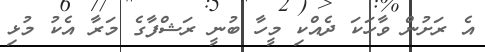
އެ ރަށުން ވާހަކަ ދެއްކި މީހާ ބުނީ ރަޝްފާގެ މަރާ އެކު މުޅި